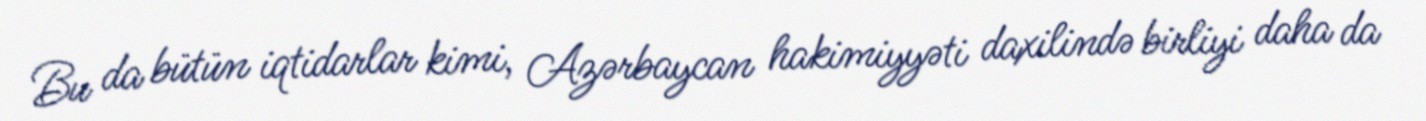
Bu da bütün iqtidarlar kimi, Azərbaycan hakimiyyəti daxilində birliyi daha da